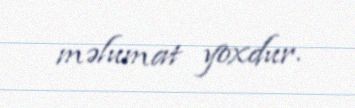
məlumat yoxdur.